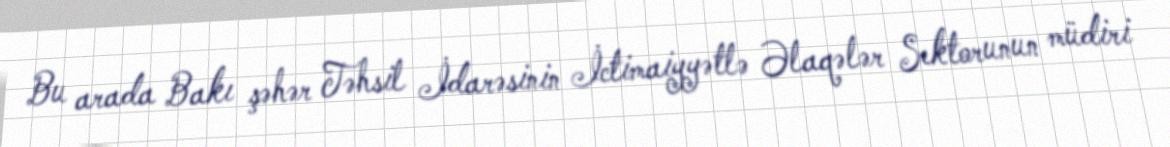
Bu arada Bakı şəhər Təhsil İdarəsinin İctimaiyyətlə Əlaqələr Sektorunun müdiri